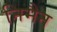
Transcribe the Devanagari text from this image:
निमैन